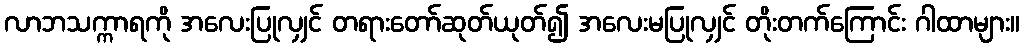
လာဘသက္ကာရကို အလေးပြုလျှင် တရားတော်ဆုတ်ယုတ်၍ အလေးမပြုလျှင် တိုးတက်ကြောင်း ဂါထာများ။